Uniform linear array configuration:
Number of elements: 12
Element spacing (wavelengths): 0.5
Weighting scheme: hann
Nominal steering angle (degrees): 60
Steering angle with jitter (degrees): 59.534
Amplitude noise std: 0.05
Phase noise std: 0.05

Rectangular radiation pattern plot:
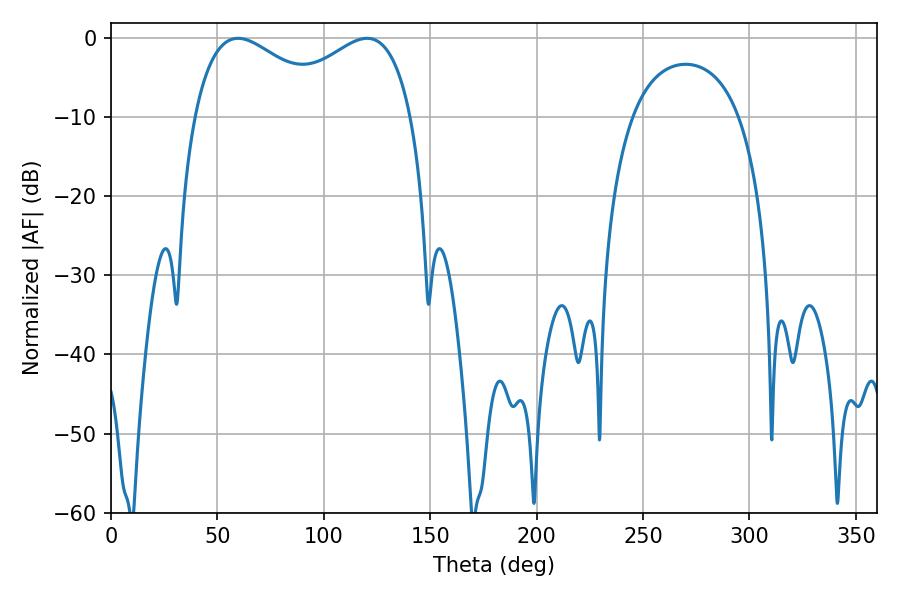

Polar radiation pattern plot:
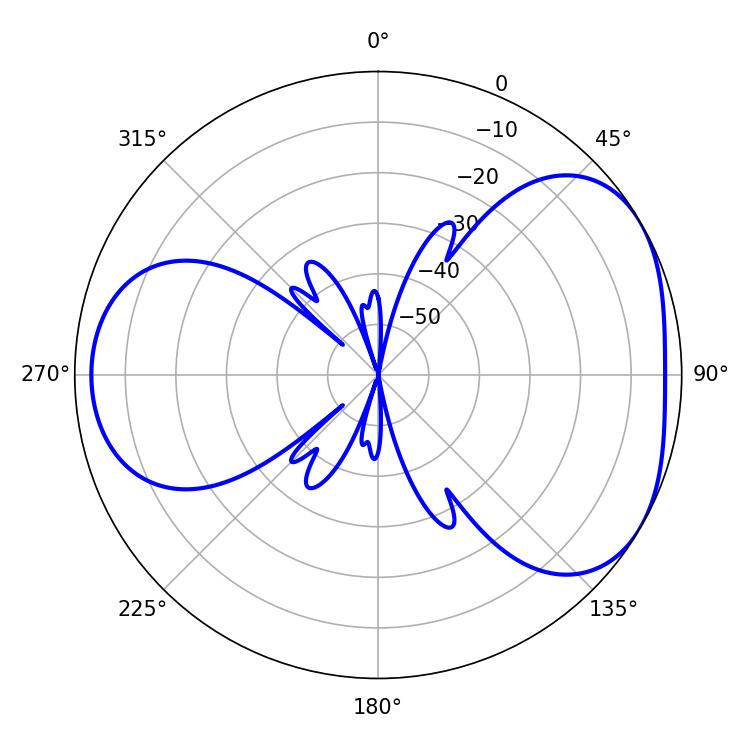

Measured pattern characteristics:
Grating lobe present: FALSE
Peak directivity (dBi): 4.231
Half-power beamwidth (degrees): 36.72
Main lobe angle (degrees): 59.76